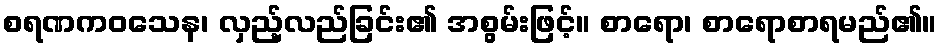
စရဏကဝသေန၊ လှည့်လည်ခြင်း၏ အစွမ်းဖြင့်။ စာရော၊ စာရောစာရမည်၏။